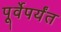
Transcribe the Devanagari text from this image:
पूर्वेपर्यंत